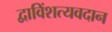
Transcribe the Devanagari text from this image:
द्वाविंशत्यवदान